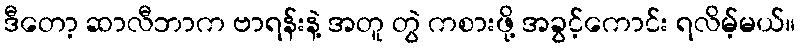
ဒီတော့ ဆာလီဘာက ဗာရန်းနဲ့ အတူ တွဲ ကစားဖို့ အခွင့်ကောင်း ရလိမ့်မယ်။